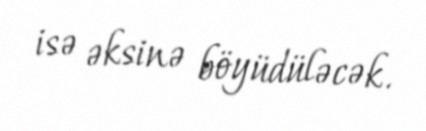
isə əksinə böyüdüləcək.